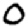
Digit: 0